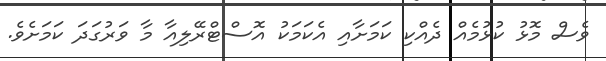
ވެސް މޮޅު ކުޅުމެއް ދެއްކި ކަމަށާއި އެކަމަކު އޮސްޓްރޭލިއާ މާ ވަރުގަދަ ކަމަށެވެ.